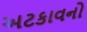
અટકાવનો